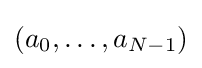
(a_{0},\dots ,a_{N-1})